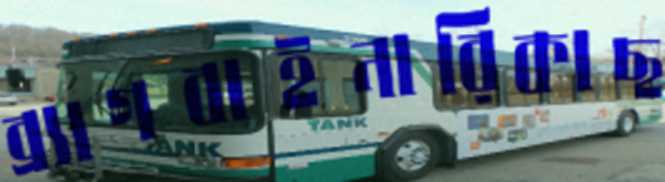
ব্র্যাগবাইনারিকাছ